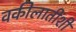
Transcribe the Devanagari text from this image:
वकीलातींशी